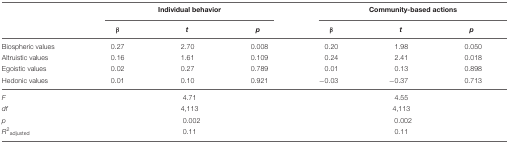
<table><thead><tr><td></td><td colspan="3"><b>Individual behavior</b></td><td colspan="3"><b>Community-based actions</b></td></tr><tr><td></td><td><b>β</b></td><td><b><i>t</i></b></td><td><b><i>p</i></b></td><td><b>β</b></td><td><b><i>t</i></b></td><td><b><i>p</i></b></td></tr></thead><tbody><tr><td>Biospheric values</td><td>0.27</td><td>2.70</td><td>0.008</td><td>0.20</td><td>1.98</td><td>0.050</td></tr><tr><td>Altruistic values</td><td>0.16</td><td>1.61</td><td>0.109</td><td>0.24</td><td>2.41</td><td>0.018</td></tr><tr><td>Egoistic values</td><td>0.02</td><td>0.27</td><td>0.789</td><td>0.01</td><td>0.13</td><td>0.898</td></tr><tr><td>Hedonic values</td><td>0.01</td><td>0.10</td><td>0.921</td><td>-0.03</td><td>-0.37</td><td>0.713</td></tr><tr><td><i>F</i></td><td></td><td colspan="3">4.71</td><td colspan="3">4.55</td></tr><tr><td><i>df</i></td><td></td><td colspan="3">4,113</td><td colspan="3">4,113</td></tr><tr><td><i>p</i></td><td></td><td colspan="3">0.002</td><td colspan="3">0.002</td></tr><tr><td><i>R<sup>2</sup></i><sub>adjusted</sub></td><td></td><td colspan="3">0.11</td><td colspan="3">0.11</td></tr></tbody></table>